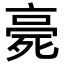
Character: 𣨻